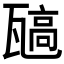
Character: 𬎯